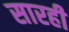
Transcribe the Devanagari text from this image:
सारही